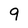
Character: 9